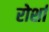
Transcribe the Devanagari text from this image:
रोर्शा